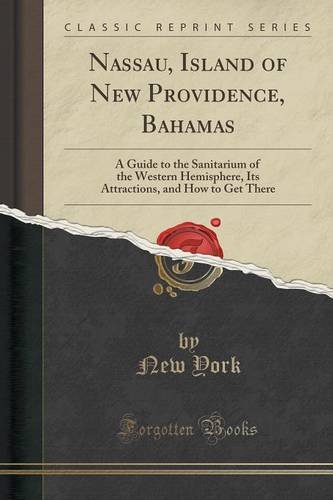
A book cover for Nassau, Island of New Providence, Bahamas: A Guide to the Sanitarium of the Western Hemisphere, Its Attractions, and How to Get There (Classic Reprint); New York; Travel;